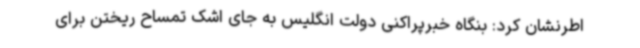
اطرنشان کرد: بنگاه خبرپراکنی دولت انگلیس به جای اشک تمساح ریختن برای